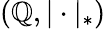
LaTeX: (\mathbb{Q},|\cdot|_{*})